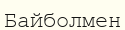
Байболмен